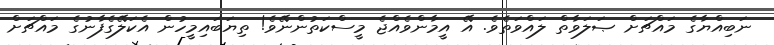
ނަބިއްޔާގެ މައްޗަށް ޞަލަވާތް ލައްވަތެވެ. އޭ އީމާންވެއްޖެ މީސްކަތުންނޭވެ! ތިޔަބައިމީހުން އެކަލޭގެފާނުގެ މައްޗަށް